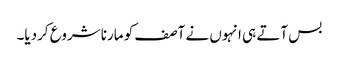
بس آتے ہی انہوں نے آصف کو مارنا شروع کردیا۔